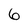
Character: 6